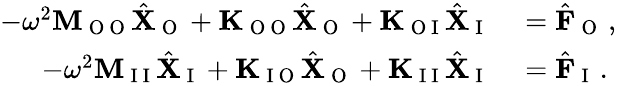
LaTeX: \begin{array}{rl}{-\omega^{2}\mathbf{M}_{\mathrm{~O~O~}}\hat{\mathbf{X}}_{\mathrm{~O~}}+\mathbf{K}_{\mathrm{~O~O~}}\hat{\mathbf{X}}_{\mathrm{~O~}}+\mathbf{K}_{\mathrm{~O~I~}}\hat{\mathbf{X}}_{\mathrm{~I~}}}&{{}=\hat{\mathbf{F}}_{\mathrm{~O~}}\, ,}\\ {-\omega^{2}\mathbf{M}_{\mathrm{~I~I~}}\hat{\mathbf{X}}_{\mathrm{~I~}}+\mathbf{K}_{\mathrm{~I~O~}}\hat{\mathbf{X}}_{\mathrm{~O~}}+\mathbf{K}_{\mathrm{~I~I~}}\hat{\mathbf{X}}_{\mathrm{~I~}}}&{{}=\hat{\mathbf{F}}_{\mathrm{~I~}}\, .}\end{array}